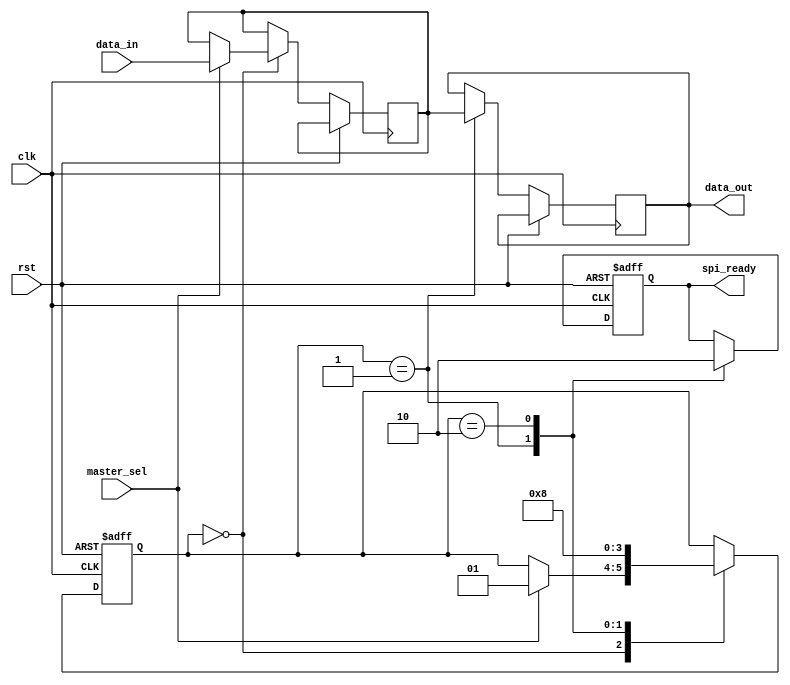
module SPI_Controller(
    input wire clk,
    input wire rst,
    input wire master_sel,
    input wire [7:0] data_in,
    output reg [7:0] data_out,
    output reg spi_ready
);

// Internal signals
reg [7:0] tx_data;
reg [7:0] rx_data;
reg [1:0] state;

// State machine
always @(posedge clk or posedge rst) begin
    if(rst) begin
        state <= 2'b00;
        spi_ready <= 1'b0;
    end else begin
        case(state)
            2'b00: begin // Idle state
                if(master_sel) begin
                    state <= 2'b01; // Transmit state
                    tx_data <= data_in;
                end
            end
            2'b01: begin // Transmit state
                // Insert timing and synchronization code here

                // Send data
                spi_ready <= 1'b1;
                data_out <= tx_data;

                state <= 2'b10; // Receive state
            end
            2'b10: begin // Receive state
                // Insert timing and synchronization code here

                // Receive data
                rx_data <= data_in;
                spi_ready <= 1'b0;

                state <= 2'b00; // Idle state
            end
        endcase
    end
end

endmodule